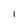
Character: l